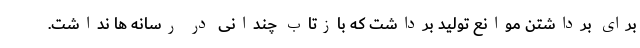
برای برداشتن موانع تولید برداشت که بازتاب چندانی در رسانه ها نداشت.